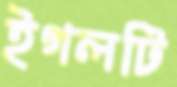
ইগলটি